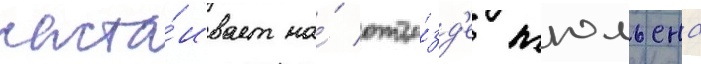
наста́ивает на́ отъе́зд'е жюльена